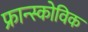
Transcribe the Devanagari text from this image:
फ्रान्स्कोविक